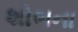
શોભના